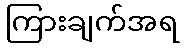
ကြားချက်အရ